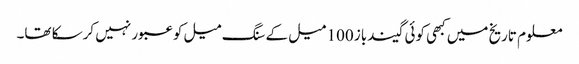
معلوم تاریخ میں کبھی کوئی گیندباز 100 میل کے سنگ میل کو عبور نہیں کرسکا تھا۔